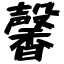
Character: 馨